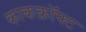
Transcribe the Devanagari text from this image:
काकक्रॉफ्ट